Notes on vaccination in the North-West Frontier Province 1923-1928 - 1923-1928
Year: 1923
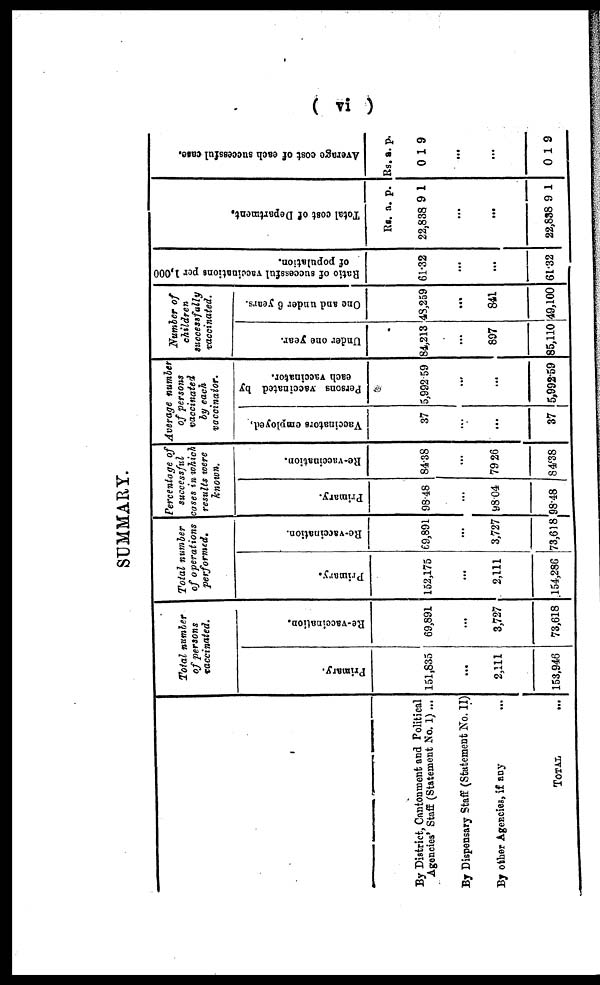
( vi )
SUMMARY.
By District, Cantonment and Political
Agencies' Staff (Statement No. I) ...
By Dispensary Staff (Statement No. II)
By other Agencies, if any ...
TOTAL
...
Total number
of persons
vaccinated.
Primary.
151,835
...
2,111
153,946
Re-vaccination.
69,891
...
3,727
73,618
Total number
of operations
performed.
Primary.
152,175
...
2,111
154,286
Re-vaccination.
69,891
...
3,727
73,618
Percentage of
successful
cases in which
results were
known.
Primary.
98.48
...
98.04
98.48
Re-vaccination.
84.38
...
79.26
84.38
Average number
of persons
vaccinated
by each
vaccinator.
Vaccinators employed.
37
...
...
37
Persons vaccinated by
each vaccinator.
5,992.59
...
...
5,992.59
Number of
children
successfully
vaccinated.
Under one year.
84,213
...
897
85,110
One and under 6 years.
48,259
...
841
49,100
Ratio of successful vaccinations per 1,000
of population.
61.32
...
...
61.32
Total cost of Department.
Rs.
22,838
a.
9
p.
1
...
...
22,838 9 1
Average cost of each successful case.
Rs.
0
a.
1
p.
9
...
...
0 1 9